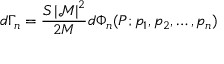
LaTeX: d \Gamma _ { n } = { \frac { S \left| { \mathcal { M } } \right| ^ { 2 } } { 2 M } } d \Phi _ { n } ( P ; p _ { 1 } , p _ { 2 } , \dots , p _ { n } )